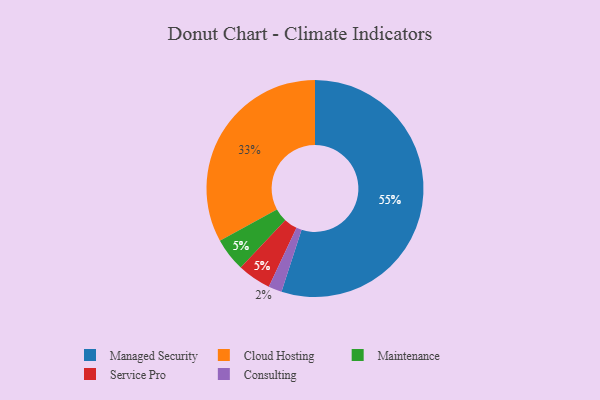
{"axis": {"x": "Category", "y": "Percentage"}, "legend": ["Cloud Hosting", "Consulting", "Maintenance", "Managed Security", "Service Pro"], "data": [{"x": "Consulting", "y": 2, "type": "Consulting"}, {"x": "Maintenance", "y": 5, "type": "Maintenance"}, {"x": "Cloud Hosting", "y": 33, "type": "Cloud Hosting"}, {"x": "Service Pro", "y": 5, "type": "Service Pro"}, {"x": "Managed Security", "y": 55, "type": "Managed Security"}]}